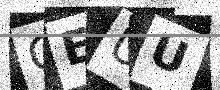
Text: GEUU